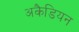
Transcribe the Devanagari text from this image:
अकैडियन